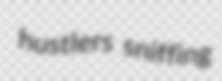
hustlers sniffing